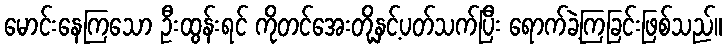
မောင်းနေကြသော ဦးထွန်းရင် ကိုတင်အေးတို့နှင့်ပတ်သက်ပြီး ရောက်ခဲ့ကြခြင်းဖြစ်သည်။